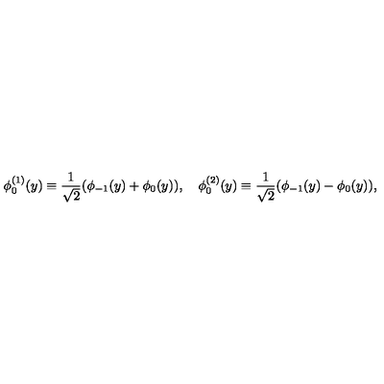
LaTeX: \phi _ { 0 } ^ { ( 1 ) } ( y ) \equiv \frac { 1 } { \sqrt { 2 } } ( \phi _ { - 1 } ( y ) + \phi _ { 0 } ( y ) ) , \quad \phi _ { 0 } ^ { ( 2 ) } ( y ) \equiv \frac { 1 } { \sqrt { 2 } } ( \phi _ { - 1 } ( y ) - \phi _ { 0 } ( y ) ) ,